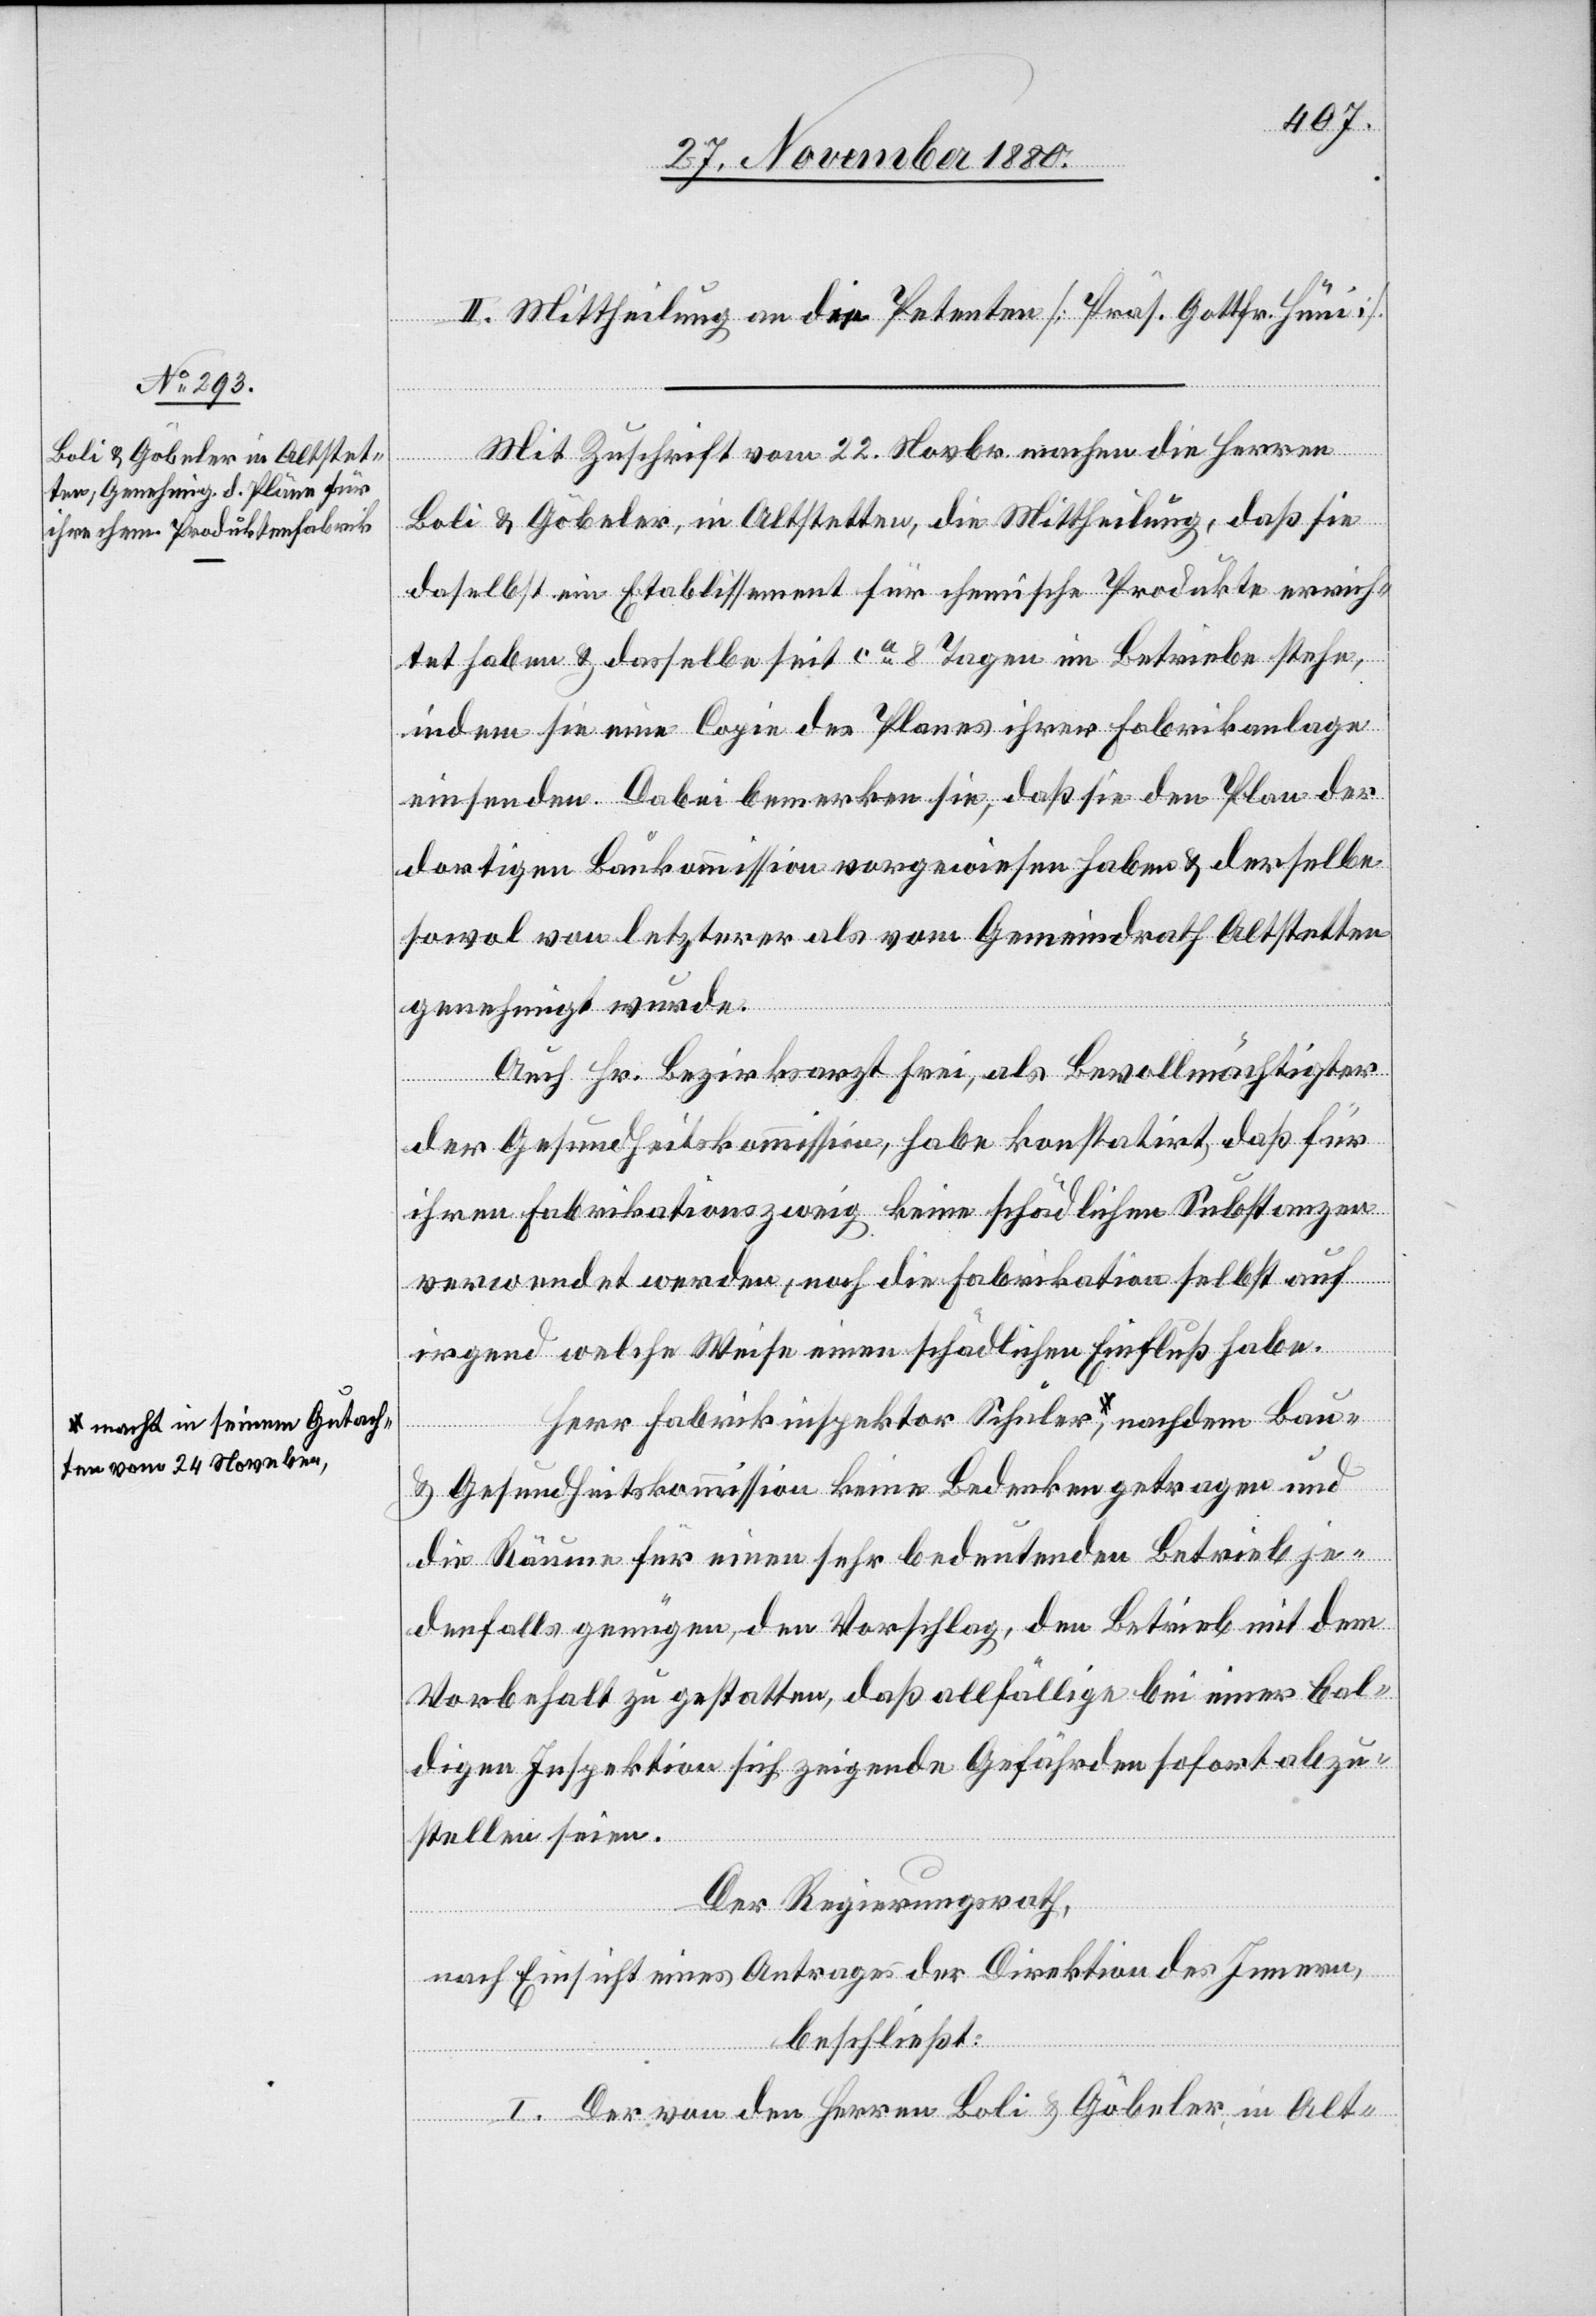
II. Mittheilung an die Petenten [Präs. Gottfr. Hüni].
Mit Zuschrift vom 22. Novbr. machen die Herren
nach¬
Boli & Göbeler, in Altstetten, die Mittheilung, daß sie
daselbst ein Etablissement für chemische Produkte errich¬
tet haben & dasselbe seit ca 8 Tagen in Betriebe stehe,
indem sie eine Copie des Planes ihrer Fabrikanlage
einsenden. Dabei bemerken sie, daß sie den Plan der
dortigen Baukommission vorgewiesen haben & derselbe
sowol von letzterer als vom Gemeindrath Altstetten
Bau-
genehmigt wurde.
Auch Hr. Bezirksrath Frei, als Bevollmächtigter
der Gesundheitskommission, habe konstatirt, daß für
ihren Fabrikationszweig keine schädlichen Substanzen
verwendet werden, noch die Fabrikation selbst auf
irgend welche Weise einen schädlichen Einfluß habe.
Herr Fabrikinspektor Schuler a-macht in s¬
& Gesundheitskommission keine Bedenken getragen und
die Räume für einen sehr bedeutenden Betrieb je¬
denfalls genügen, den Vorschlag, den Betrieb mit dem
Vorbehalt zu gestatten, daß allfällige bei einer bal¬
digen Inspektion sich zeigende Gefährden sofort abzu¬
stellen seien.
Der Regierungsrath,
nach Einsicht eines Antrages der Direktion des Innern,
beschließt:
I. Der von den Herren Boli & Göbeler, in Alt-